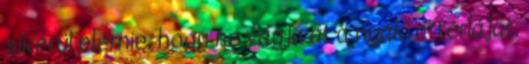
sikerül elérnie, hogy ne vágja át a nyaki artériáját,